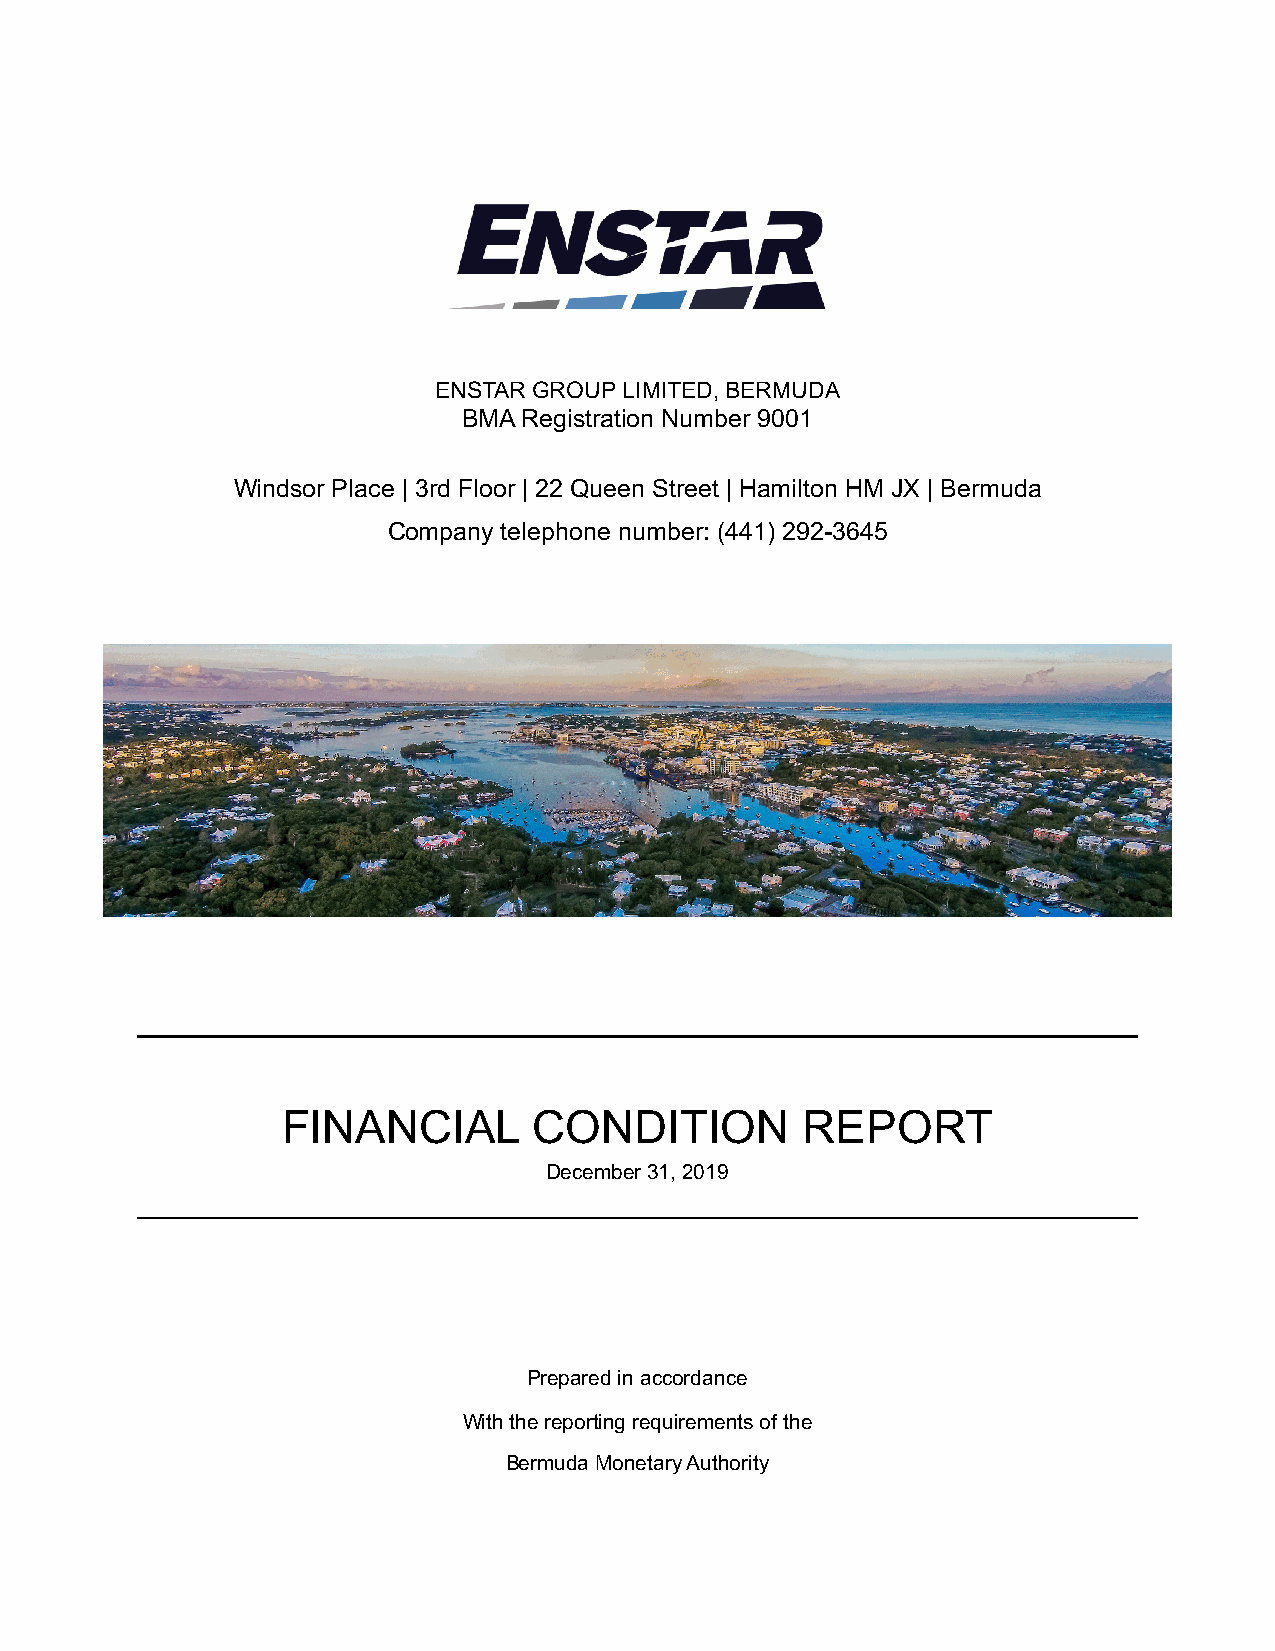
ENSTAR GROUP LIMITED, BERMUDA
 BMA Registration Number 9001
 Windsor Place | 3rd Floor | 22 Queen Street | Hamilton HM JX | Bermuda
 Company telephone number: (441) 292-3645
 FINANCIAL       CONDITION         REPORT
 December 31, 2019
 Prepared in accordance
 With the reporting requirements of the
 Bermuda Monetary Authority